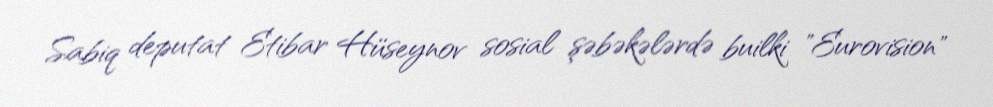
Sabiq deputat Etibar Hüseynov sosial şəbəkələrdə builki "Eurovision"